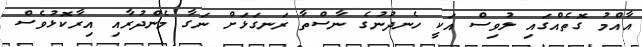
އާއްމު ގޮތެއްގައި ލުވިސް އަކީ ހެނދުނުގެ ނާސްތާ ރަނގަޅަށް ނަގާ މެންދުރާއި އިރާކޮޅުވެސް